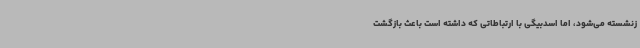
زنشسته می‌شود، اما اسدبیگی با ارتباطاتی که داشته است باعث بازگشت